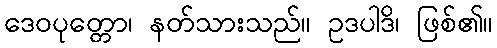
ဒေဝပုတ္တော၊ နတ်သားသည်။ ဥဒပါဒိ၊ ဖြစ်၏။